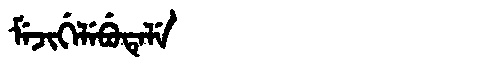
Manchu: ᠮᡝᠵᡳᡤᡝᠯᡝᠪᡠᡨᡝᠯᡝ
Romanization: MEJIGELEBUTELE